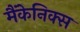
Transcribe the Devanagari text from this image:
मैंकेनिक्‍स